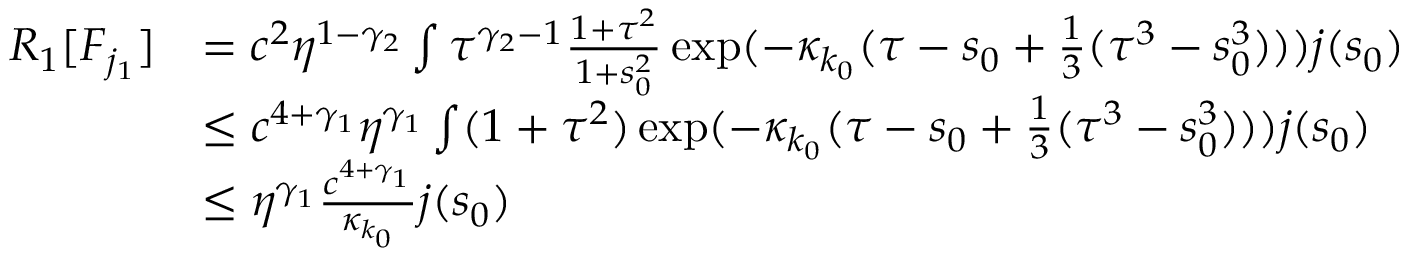
\begin{array} { r l } { R _ { 1 } [ F _ { j _ { 1 } } ] } & { = c ^ { 2 } \eta ^ { 1 - \gamma _ { 2 } } \int \tau ^ { \gamma _ { 2 } - 1 } \frac { 1 + \tau ^ { 2 } } { 1 + s _ { 0 } ^ { 2 } } \exp ( - \kappa _ { k _ { 0 } } ( \tau - s _ { 0 } + \frac 1 3 ( \tau ^ { 3 } - s _ { 0 } ^ { 3 } ) ) ) j ( s _ { 0 } ) } \\ & { \le c ^ { 4 + \gamma _ { 1 } } \eta ^ { \gamma _ { 1 } } \int ( 1 + \tau ^ { 2 } ) \exp ( - \kappa _ { k _ { 0 } } ( \tau - s _ { 0 } + \frac 1 3 ( \tau ^ { 3 } - s _ { 0 } ^ { 3 } ) ) ) j ( s _ { 0 } ) } \\ & { \le \eta ^ { \gamma _ { 1 } } \frac { c ^ { 4 + \gamma _ { 1 } } } { \kappa _ { k _ { 0 } } } j ( s _ { 0 } ) } \end{array}